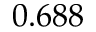
0 . 6 8 8